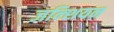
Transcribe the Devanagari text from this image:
जन्शियन